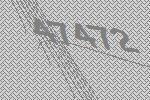
47472